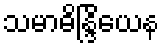
သမာဓိန္ဒြိယေန